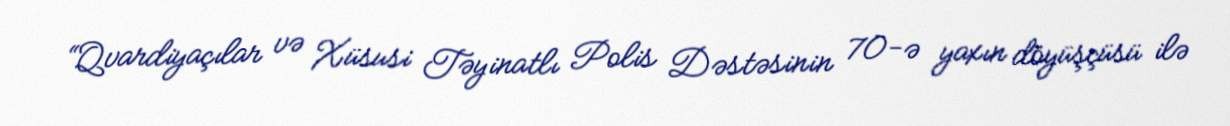
“Qvardiyaçılar və Xüsusi Təyinatlı Polis Dəstəsinin 70-ə yaxın döyüşçüsü ilə